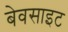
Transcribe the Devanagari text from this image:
बेवसाइट